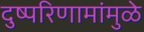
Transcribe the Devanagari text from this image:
दुष्परिणामांमुळे